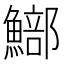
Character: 𩻗